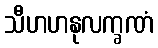
သီဟဟနုလက္ခဏံ